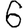
Digit: 6